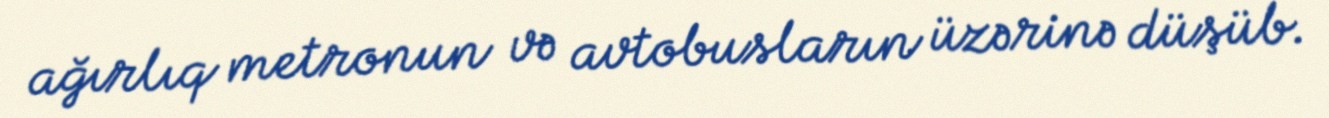
ağırlıq metronun və avtobusların üzərinə düşüb.